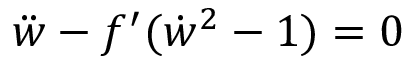
\ddot { w } - f ^ { \prime } ( \dot { w } ^ { 2 } - 1 ) = 0